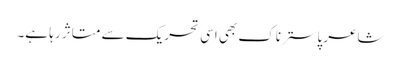
شاعر پاسترناک بھی اسی تحریک سے متاثر رہا ہے۔